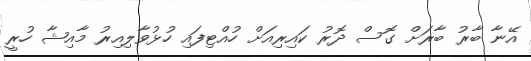
އޭނާ ބާރު ބާރަށް ގޮސް ދޮރު ކައިރިއަށް ހުއްޓިފައި ހުޅުވާލިއިރު މާއިޝާ ހުރީ